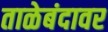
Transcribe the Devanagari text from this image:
ताळेबंदावर